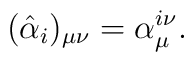
(\hat{\alpha}_i)_{\mu\nu} = \alpha^{i \nu}_{\mu} .